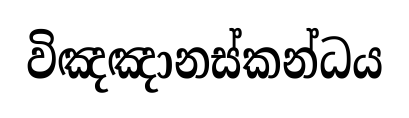
විඤඤානස්කන්ධය